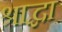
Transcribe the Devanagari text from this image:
श्राद्धा